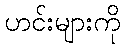
ဟင်းများကို